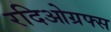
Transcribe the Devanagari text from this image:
रदिओग्रफ्स